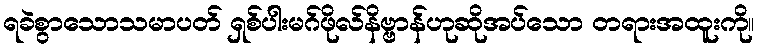
ရခဲစွာသောသမာပတ် ရှစ်ပါးမဂ်ဖိုလ်နိဗ္ဗာန်ဟုဆိုအပ်သော တရားအထူးကို။